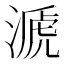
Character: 㴲